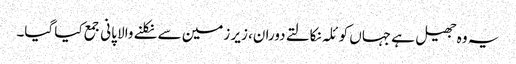
یہ وہ جھیل ہے جہاں کوئلہ نکالتے دوران، زیر زمین سے نکلنے والا پانی جمع کیا گیا۔